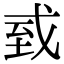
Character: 㦶